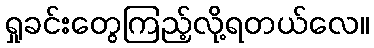
ရှုခင်းတွေကြည့်လို့ရတယ်လေ။